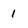
Character: 1